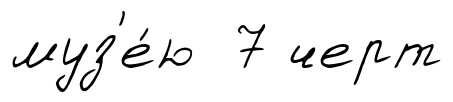
муз'е́ю 7 черт